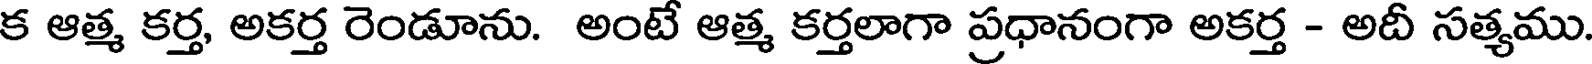
క ఆత్మ కర్త, అకర్త రెండూను. అంటే ఆత్మ కర్తలాగా ప్రధానంగా అకర్త - అదీ సత్యము